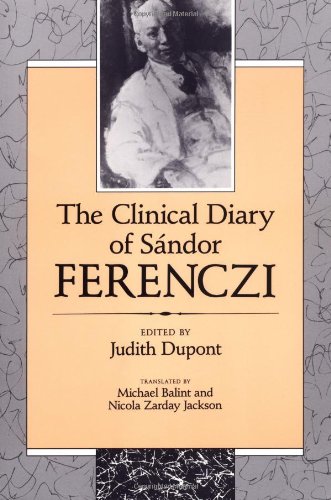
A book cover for The Clinical Diary of SÃ¡ndor Ferenczi; SÃ¡ndor Ferenczi; Biographies & Memoirs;